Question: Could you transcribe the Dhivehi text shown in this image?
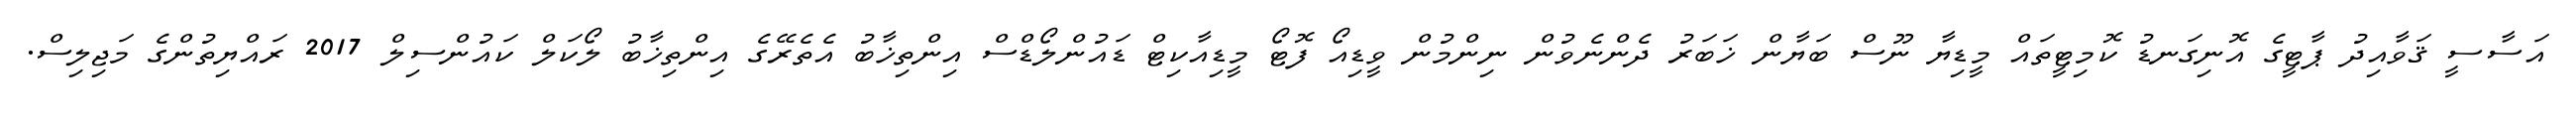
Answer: އަސާސީ ޤަވާއިދު ޕާޓީގެ އޮނިގަނޑު ކޮމިޓީތައް މީޑިޔާ ނޫސް ބަޔާން ޚަބަރު ދެންނެވުން ނިންމުން ވީޑިއޯ ފޮޓޯ މީޑިއާކިޓް ޑައުންލޯޑްސް އިންތިޚާބު އެތެރޭގެ އިންތިޚާބު ލޯކަލް ކައުންސިލް 2017 ރައްޔިތުންގެ މަޖިލިސް.